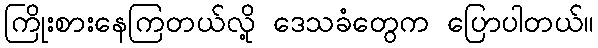
ကြိုးစားနေကြတယ်လို့ ဒေသခံတွေက ပြောပါတယ်။